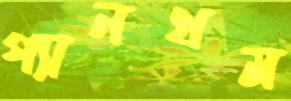
প্যানথম